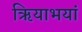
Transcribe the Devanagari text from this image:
ऋियाभयां